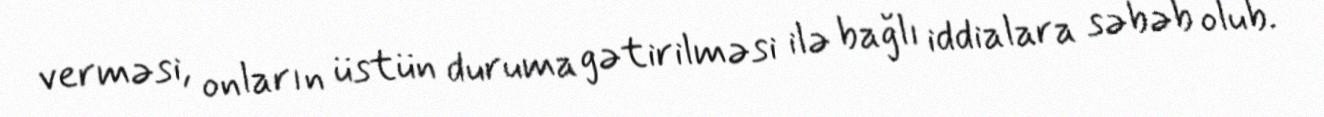
verməsi, onların üstün duruma gətirilməsi ilə bağlı iddialara səbəb olub.